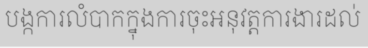
បង្កការលំបាកក្នុងការចុះអនុវត្តការងារដល់